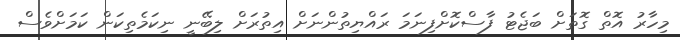
މިހާރު އޮތް ގޮތަށް ބަޖެޓު ފާސްކޮށްފިނަމަ ރައްޔިތުންނަށް އިތުރަށް ލިބޭނީ ނިކަމެތިކަން ކަމަށްވެސް